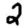
Digit: 2